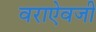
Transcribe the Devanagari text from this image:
वराऐवजी